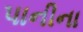
પાનીના